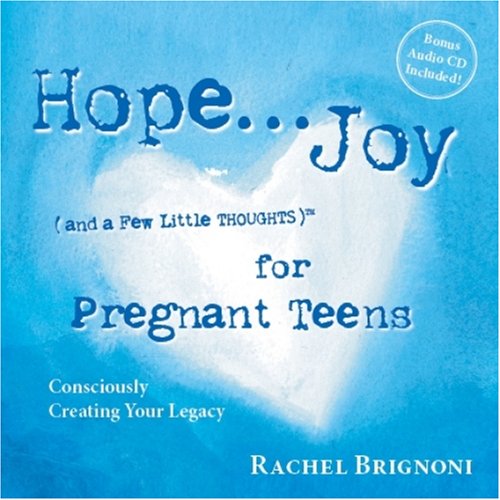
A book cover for Hope... Joy (and a Few Little Thoughts) for Pregnant Teens: Consciously Creating Your Legacy; Rachel Brignoni; Teen & Young Adult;